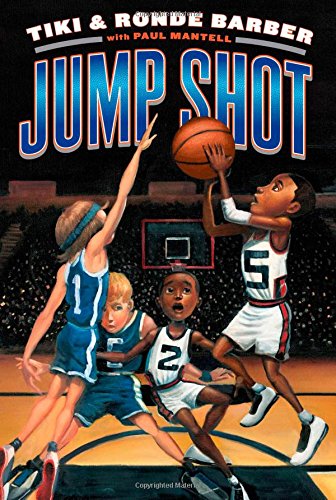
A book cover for Jump Shot (Barber Game Time Books); Tiki Barber; Children's Books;